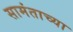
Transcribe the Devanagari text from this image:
सामंताच्या